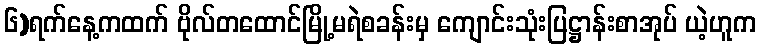
၆)ရက်နေ့ကထက် ဗိုလ်တထောင်မြို့မရဲစခန်းမှ ကျောင်းသုံးပြဋ္ဌာန်းစာအုပ် ယဲ့ဟူက